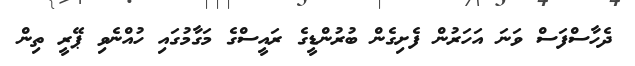
ދެހާސްފަސް ވަނަ އަހަރުން ފެށިގެން ބުރުންޑީގެ ރައީސްގެ މަގާމުގައި ހުއްނެވި ޕޭރީ ތިން